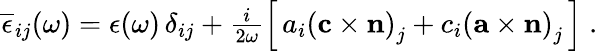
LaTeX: \begin{array}{r}{\overline{{\epsilon}}_{ij}(\omega)=\epsilon(\omega)\, \delta_{ij}+\frac{i}{2\omega}\left[\, a_{i}\left({\mathbf c}\times{\mathbf n}\right)_{j}+c_{i}\left({\mathbf a}\times{\mathbf n}\right)_{j}\, \right]\; .}\end{array}